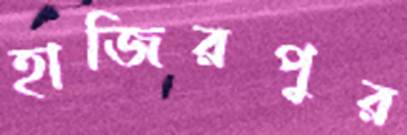
হাজিরপুর